kultuurilooline_kollektsioon, lk 107
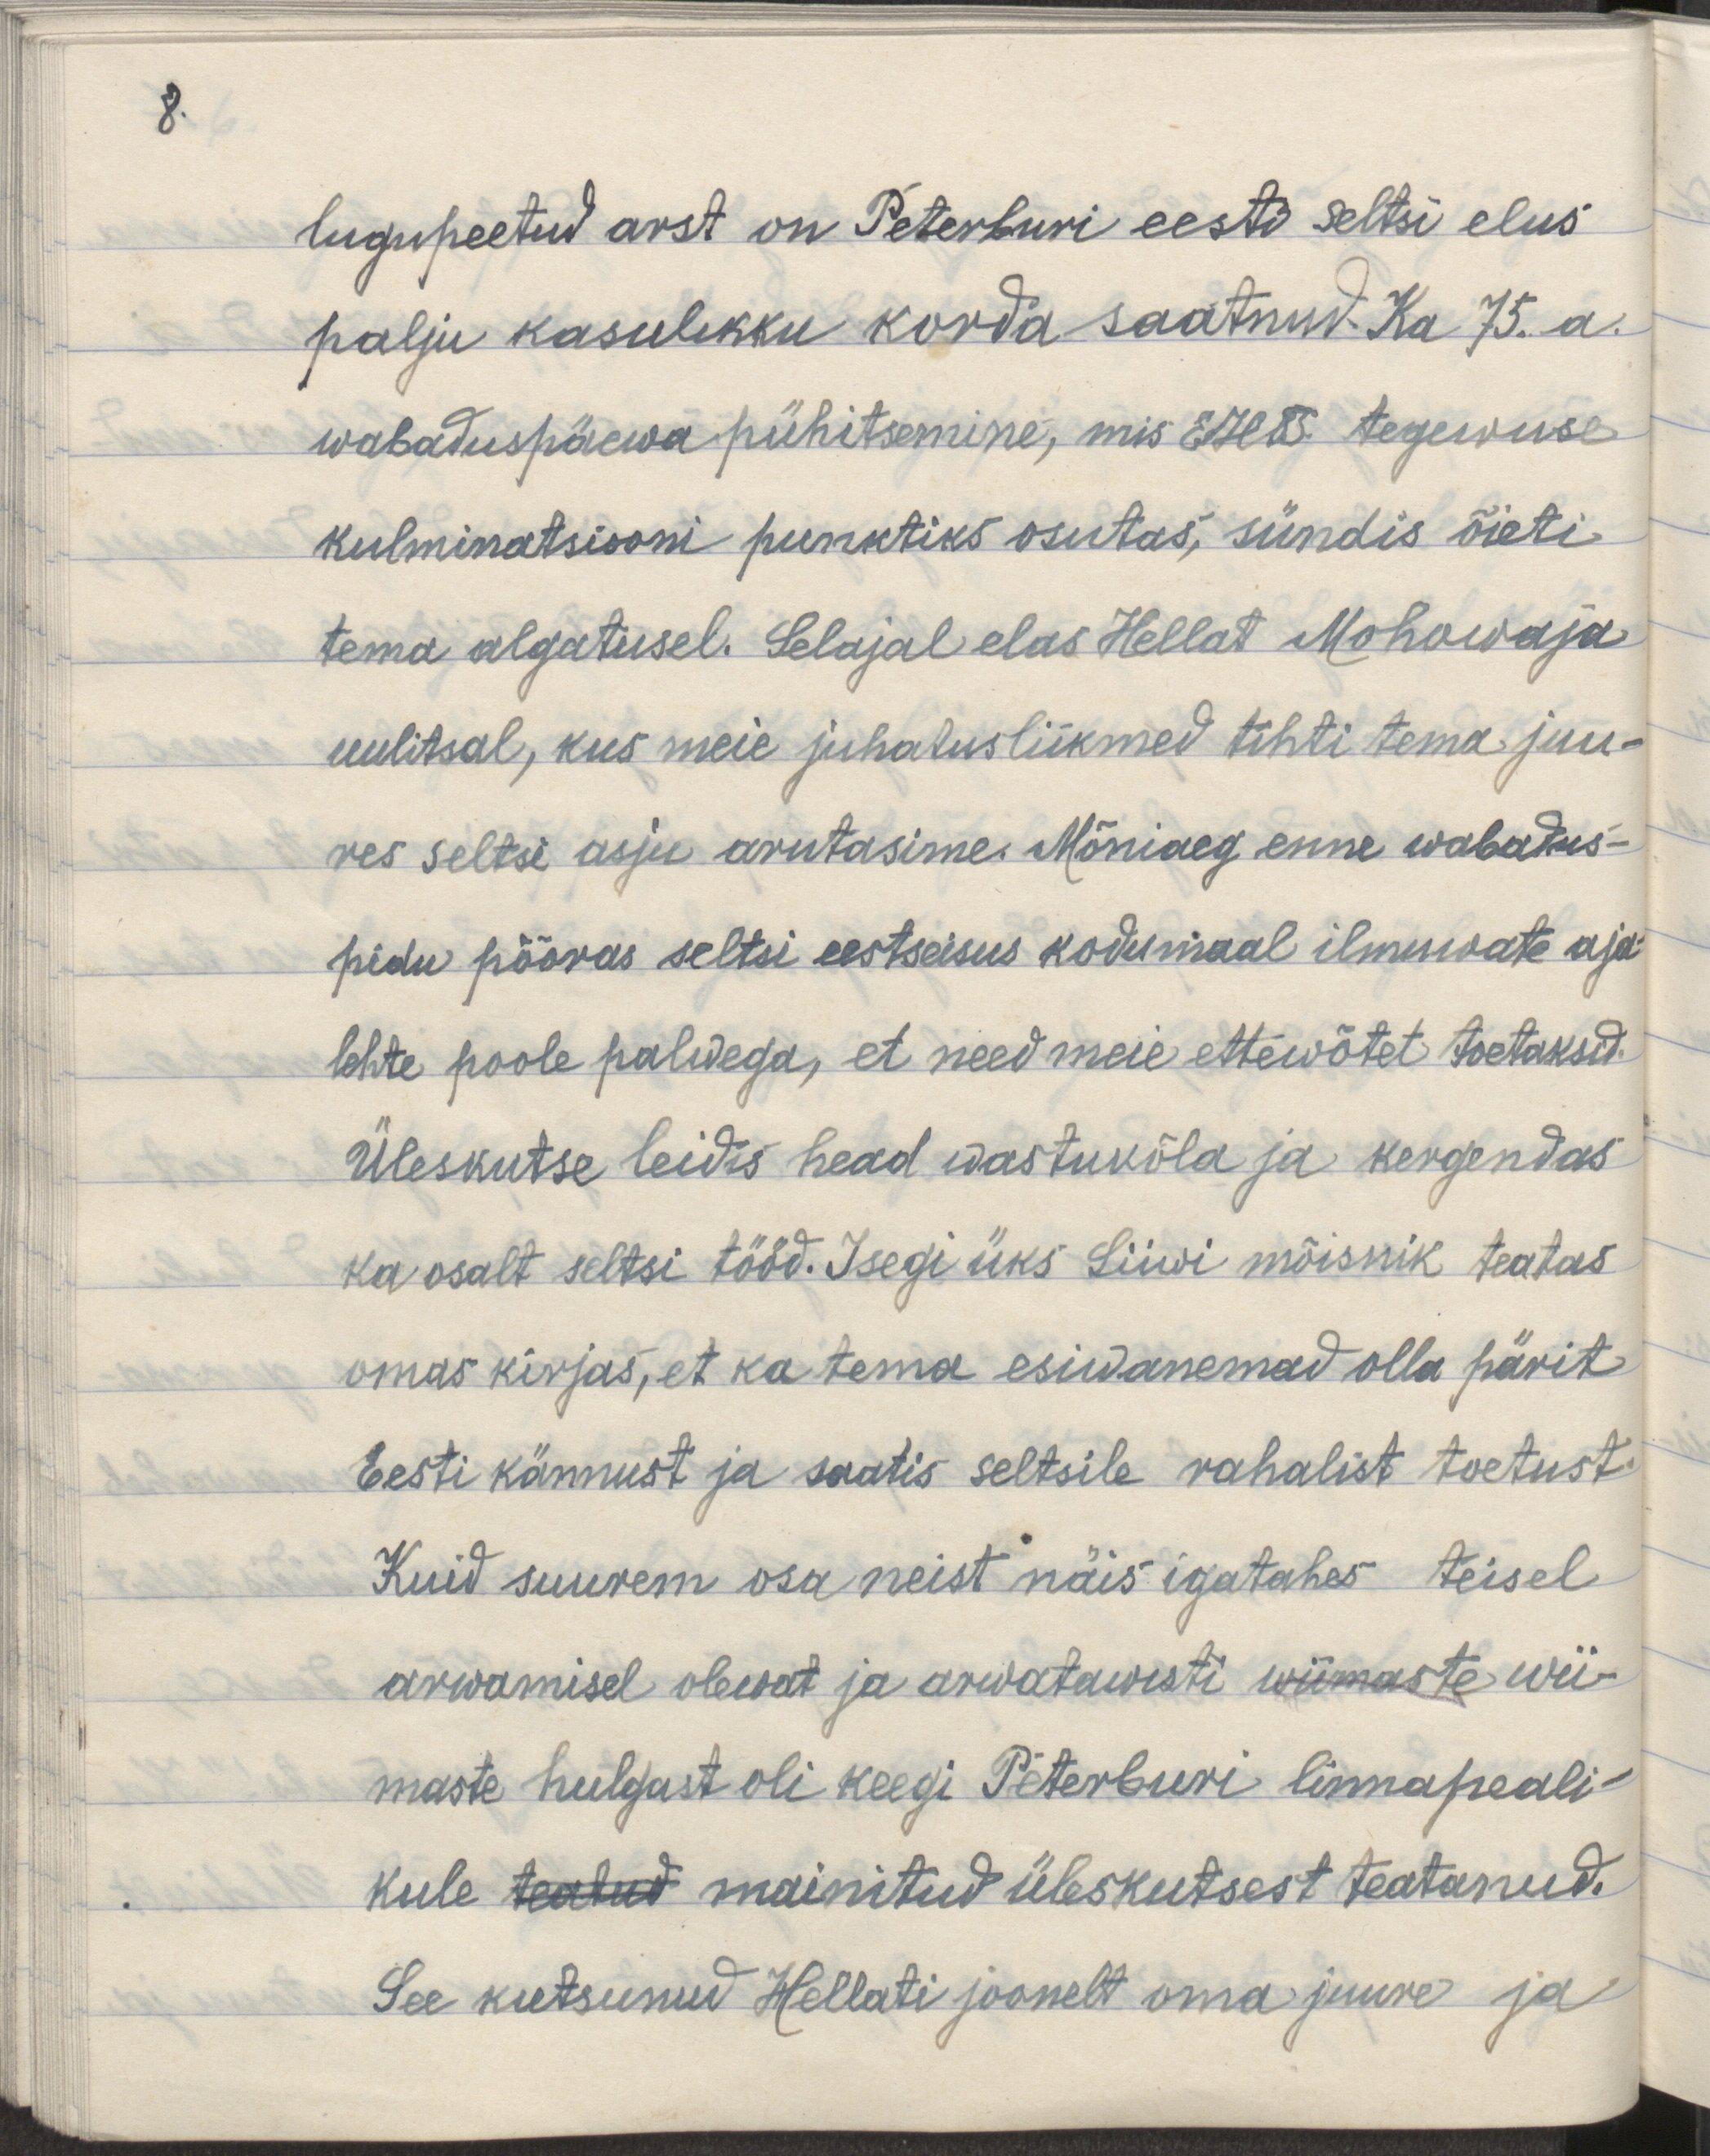
8.

lugupeetud arst on Peterburi eesti seltsi elus
palju kasulikku korda saatnud. Ka 75. a.
wabaduspäewa pühitsemine, mis EHTS tegewuse
kulminatsiooni punktiks osutas, sündis õieti
tema algatusel. Sel ajal elas Hellat Mohowaja 
uulitsal, kus meie juhatusliikmed tihti tema juu-
res seltsi asju arutasime. Mõniaeg enne wabadus-
pidu pööras seltsi eestseisus kodumaal ilmuwate aja-
lehte poole palwega, et need meie ettewõtet toetaksid.
Üleskutse leidis head wastukõla ja kergendas 
ka osalt seltsi tööd. Isegi üks Liiwi mõisnik teatas
omas kirjas, et ka tema esiwanemad olla pärit
Eesti kännust ja saatis seltsile rahalist toetust.
Kuid suurem osa neist näis igatahes teisel
arwamisel olewat ja arwatawasti wiimaste wii-
maste hulgast oli keegi Peterburi linnapeali-
kule teatud mainitud üleskutsest teatanud.
See kutsunud Hellati joonelt oma juure ja